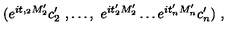
( e ^ { i t , _ { 2 } M _ { 2 } ^ { \prime } } c _ { 2 } ^ { \prime } \ , \ldots , \ e ^ { i t _ { 2 } ^ { \prime } M _ { 2 } ^ { \prime } } \ldots e ^ { i t _ { n } ^ { \prime } M _ { n } ^ { \prime } } c _ { n } ^ { \prime } ) \ ,